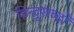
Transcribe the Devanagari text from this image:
हिन्दूशब्दों